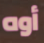
أوه